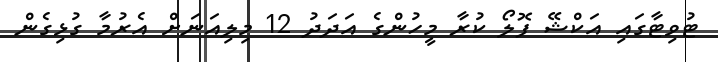
ޓުވިޓާގައި އަކްޝޭ ފޮލޯ ކުރާ މީހުންގެ އަދަދު 12 މިލިއަނަށް އެރުމާ ގުޅިގެން